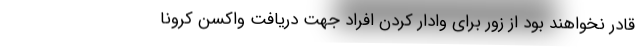
قادر نخواهند بود از زور برای وادار کردن افراد جهت دریافت واکسن کرونا